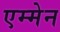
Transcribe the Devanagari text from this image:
एम्मेन